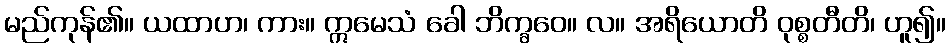
မည်ကုန်၏။ ယထာဟ၊ ကား။ ဣမေသံ ခေါ ဘိက္ခဝေ။ လ။ အရိယောတိ ဝုစ္စတီတိ၊ ဟူ၍။